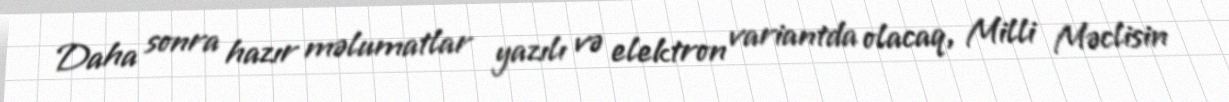
Daha sonra hazır məlumatlar yazılı və elektron variantda olacaq, Milli Məclisin